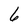
Character: 6